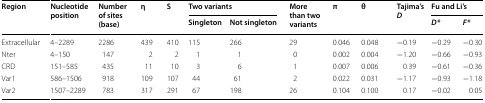
<table><thead><tr><td rowspan="2"><b>Region</b></td><td rowspan="2"><b>Nucleotide position</b></td><td rowspan="2"><b>Number of sites (base)</b></td><td rowspan="2"><b>η</b></td><td rowspan="2"><b>S</b></td><td colspan="2"><b>Two variants</b></td><td rowspan="2"><b>More than two variants</b></td><td rowspan="2"><b>π</b></td><td rowspan="2"><b>θ</b></td><td rowspan="2"><b>Tajima’s <i>D</i></b></td><td colspan="2"><b>Fu and Li’s</b></td></tr><tr><td><b>Singleton</b></td><td><b>Not singleton</b></td><td><b><i>D*</i></b></td><td><b><i>F*</i></b></td></tr></thead><tbody><tr><td>Extracellular</td><td>4–2289</td><td>2286</td><td>439</td><td>410</td><td>115</td><td>266</td><td>29</td><td>0.046</td><td>0.048</td><td>−0.19</td><td>−0.29</td><td>−0.30</td></tr><tr><td>Nter</td><td>4–150</td><td>147</td><td>2</td><td>2</td><td>1</td><td>1</td><td>0</td><td>0.002</td><td>0.004</td><td>−1.20</td><td>−0.66</td><td>−0.93</td></tr><tr><td>CRD</td><td>151–585</td><td>435</td><td>11</td><td>10</td><td>3</td><td>6</td><td>1</td><td>0.007</td><td>0.006</td><td>0.39</td><td>−0.61</td><td>−0.36</td></tr><tr><td>Var1</td><td>586–1506</td><td>918</td><td>109</td><td>107</td><td>44</td><td>61</td><td>2</td><td>0.022</td><td>0.031</td><td>−1.17</td><td>−0.93</td><td>−1.18</td></tr><tr><td>Var2</td><td>1507–2289</td><td>783</td><td>317</td><td>291</td><td>67</td><td>198</td><td>26</td><td>0.104</td><td>0.100</td><td>0.17</td><td>−0.02</td><td>0.05</td></tr></tbody></table>